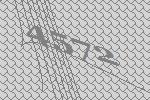
4572